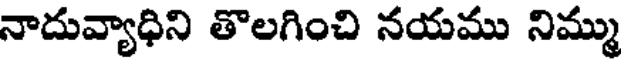
నాదువ్యాధిని తొలగించి నయము నిమ్ము